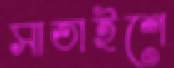
সাতাইশে